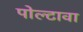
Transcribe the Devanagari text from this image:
पोल्टावा